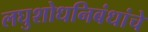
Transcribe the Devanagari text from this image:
लघुशोधनिबंधांचे